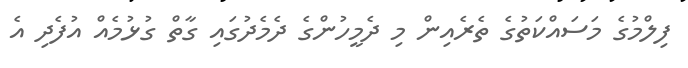
ފިލްމުގެ މަސައްކަތުގެ ތެރެއިން މި ދެމީހުންގެ ދެމެދުގައި ގާތް ގުޅުމެއް އުފެދި އެ